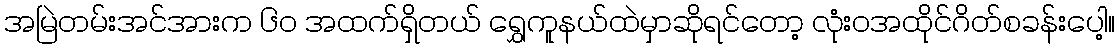
အမြဲတမ်းအင်အားက ၆၀ အထက်ရှိတယ် ရွှေကူနယ်ထဲမှာဆိုရင်တော့ လုံးဝအထိုင်ဂိတ်စခန်းပေါ့။